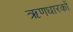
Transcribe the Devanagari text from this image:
ऋणधारकों